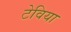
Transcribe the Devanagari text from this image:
टेविया